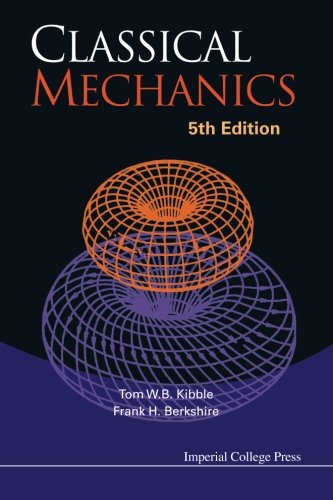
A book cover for Classical Mechanics (5th Edition); Tom W B Kibble; Science & Math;